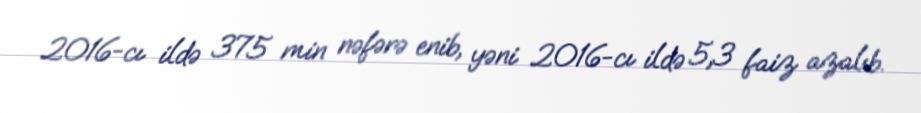
2016-cı ildə 375 min nəfərə enib, yəni 2016-cı ildə 5,3 faiz azalıb.